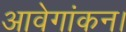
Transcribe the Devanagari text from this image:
आवेगांकन।